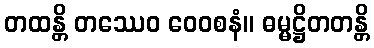
တထန္တိ တဿေဝ ဝေဝစနံ။ ဓမ္မဋ္ဌိတတန္တိ